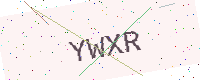
Text: YWXR